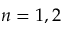
n = 1 , 2